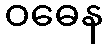
ဝဓေန